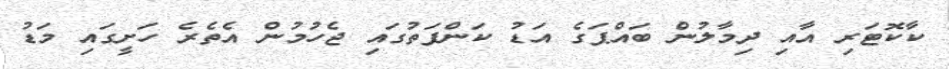
ކާކޮޓަރި އާއި ދިމާލުން ބައްޕަގެ އަޑު ކަންފަތުގައި ޖެހުމުން އެތެރެ ހަށީގައި މަޑު